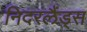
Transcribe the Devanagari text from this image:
निदरलैंड्स